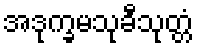
အဒုက္ခမသုခီသုတ္တံ